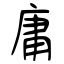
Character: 庸